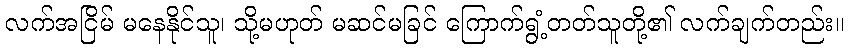
လက်အငြိမ် မနေနိုင်သူ၊ သို့မဟုတ် မဆင်မခြင် ကြောက်ရွံ့တတ်သူတို့၏ လက်ချက်တည်း။